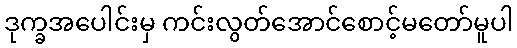
ဒုက္ခအပေါင်းမှ ကင်းလွတ်အောင်စောင့်မတော်မူပါ